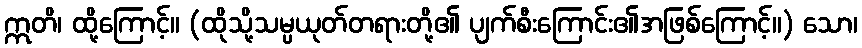
ဣတိ၊ ထို့ကြောင့်။ (ထိုသို့သမ္ပယုတ်တရားတို့၏ ပျက်စီးကြောင်း၏အဖြစ်ကြောင့်။) သော၊